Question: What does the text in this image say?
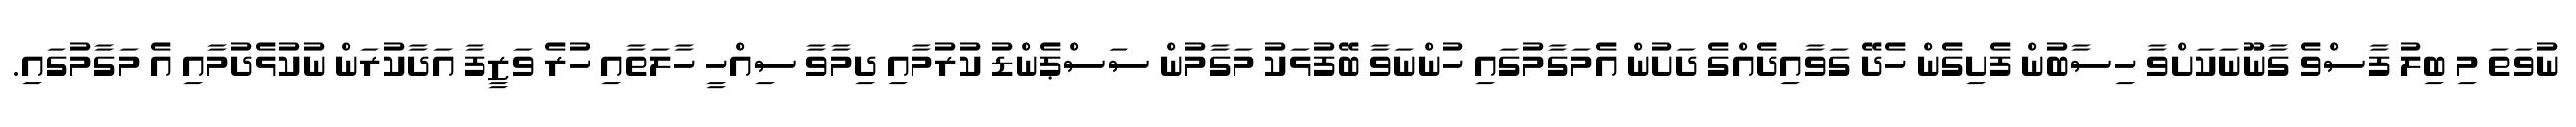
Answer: ނުވަތަ މި ބިލު ފާސްވެ ގާނޫނަކަށްވާ ހިސާބުން ފެށިގެން ހެދޭ ގަވާއިދެއްގެ ދަށުން އެމަގާމުގައި ހުންނަވާ ބޭފުޅަކު މަގާމުން ސަސްޕެންޑު ކުރުމާއި ދިމާވާ ސިއްހީ ހާލަތާއި ހުރެ ވަޒީފާ އަދާކުރަން ނުކުޅެދުމާއި އެ މަގާމުގައި.